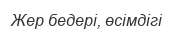
Жер бедері, өсімдігі